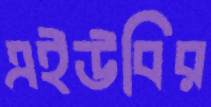
এইউবির